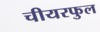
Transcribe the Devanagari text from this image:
चीयरफुल